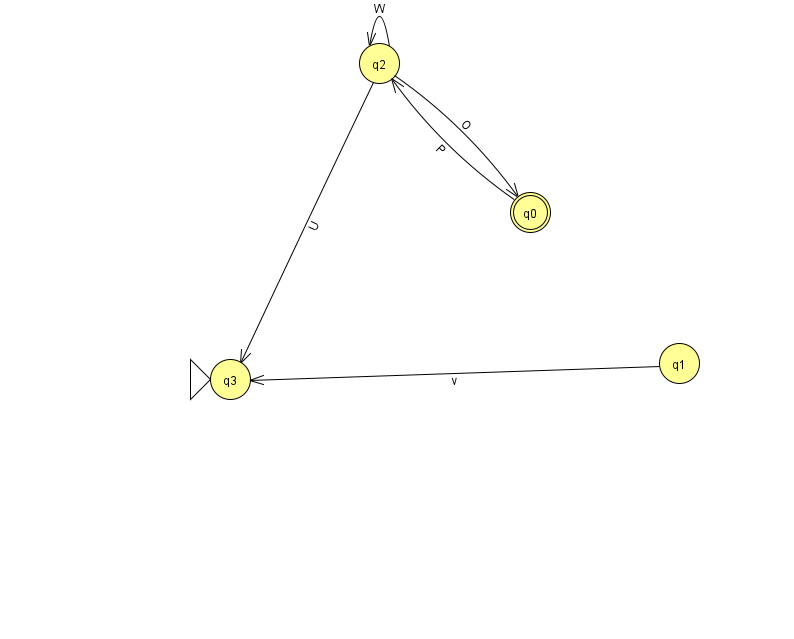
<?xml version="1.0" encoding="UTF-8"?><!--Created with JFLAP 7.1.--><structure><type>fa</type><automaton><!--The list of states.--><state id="0" name="q0"><x>530.0</x><y>199.0</y><final/></state><state id="1" name="q1"><x>679.0</x><y>350.0</y></state><state id="2" name="q2"><x>379.0</x><y>50.0</y></state><state id="3" name="q3"><x>230.0</x><y>366.0</y><initial/></state><!--The list of transitions.--><transition><from>0</from><to>2</to><read>P</read></transition><transition><from>2</from><to>2</to><read>W</read></transition><transition><from>2</from><to>3</to><read>U</read></transition><transition><from>2</from><to>0</to><read>O</read></transition><transition><from>1</from><to>3</to><read>v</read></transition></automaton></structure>